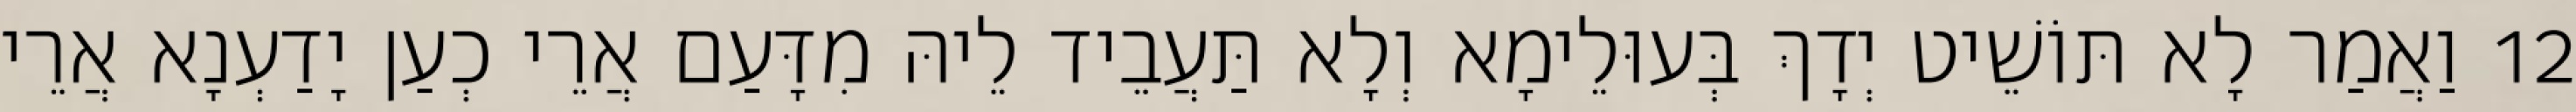
12 וַאֲמַר לָא תּוֹשֵׁיט יְדָךְ בְּעוּלֵימָא וְלָא תַּעֲבֵיד לֵיהּ מִדָּעַם אֲרֵי כְעַן יָדַעְנָא אֲרֵי